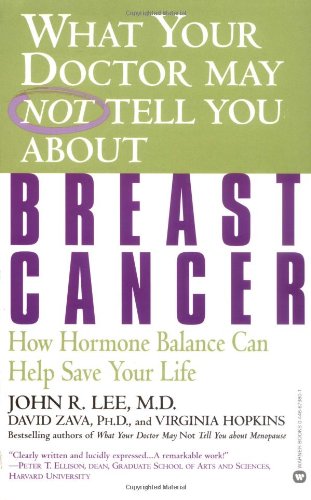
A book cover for What Your Doctor May Not Tell You About(TM): Breast Cancer: How Hormone Balance Can Help Save Your Life; John R. Lee; Health, Fitness & Dieting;